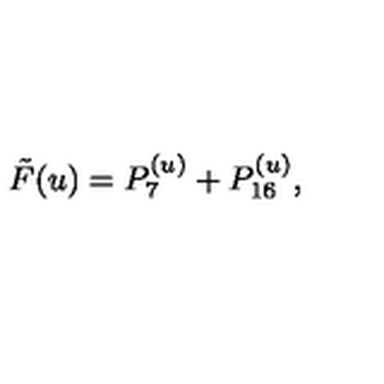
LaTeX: \tilde { F } ( u ) = P _ { 7 } ^ { ( u ) } + P _ { 1 6 } ^ { ( u ) } ,